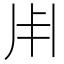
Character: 𠂦